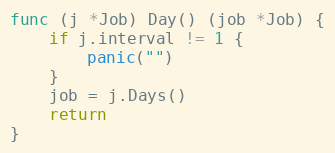
Language: Go
func (j *Job) Day() (job *Job) {
	if j.interval != 1 {
		panic("")
	}
	job = j.Days()
	return
}